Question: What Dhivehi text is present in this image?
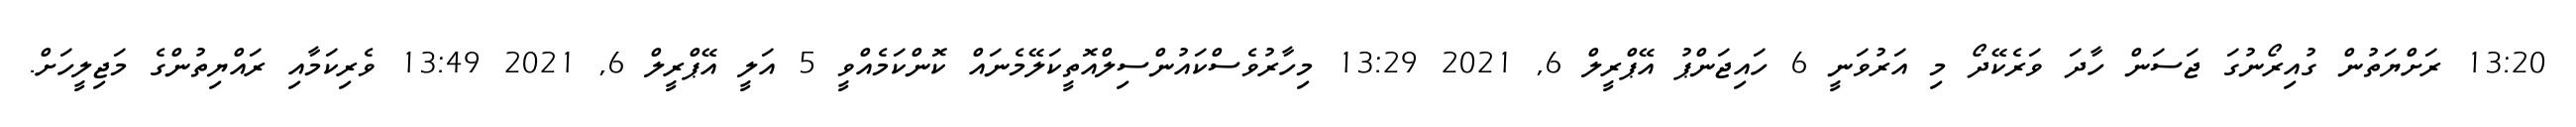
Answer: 13:20 ރަށްޔަތުން ގުއިރޯނުގަ ޖަސަން ހާދަ ވަރެކޭދޯ މި އަރުވަނީ 6 ހައިޖަންޕު އޭޕްރީލް 6, 2021 13:29 މިހާރުވެސްކައުންސިލްއޮތީކަލޭމެނައް ކޮންކަމެއްވީ 5 އަލީ އޭޕްރީލް 6, 2021 13:49 ވެރިކަމާއި ރައްޔިތުންގެ މަޖިލީހަށް.